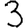
Digit: 3